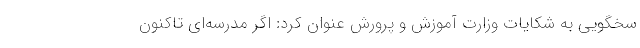
سخگویی به شکایات وزارت آموزش و پرورش عنوان کرد: اگر مدرسه‌ای تاکنون